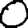
Digit: 0